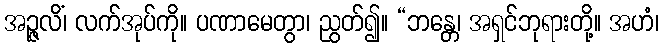
အဉ္ဇလိံ၊ လက်အုပ်ကို။ ပဏာမေတွာ၊ ညွတ်၍။ “ဘန္တေ၊ အရှင်ဘုရားတို့။ အဟံ၊